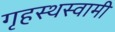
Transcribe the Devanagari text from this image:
गृहस्थस्वामी